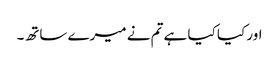
اور کیا کیا ہے تم نے میرے ساتھ۔